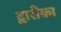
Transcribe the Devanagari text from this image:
द्वारीका